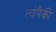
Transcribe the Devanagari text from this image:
त्यंपैकी